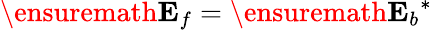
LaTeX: \ensuremath{\mathbf{E}_{f}}=\ensuremath{\mathbf{E}_{b}}^{*}